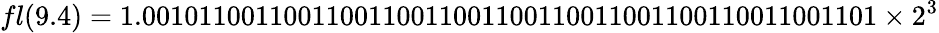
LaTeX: fl(9.4)=1.0010110011001100110011001100110011001100110011001101\times 2^{3}